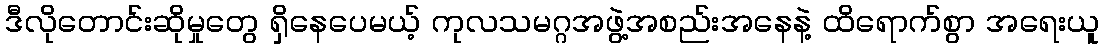
ဒီလိုတောင်းဆိုမှုတွေ ရှိနေပေမယ့် ကုလသမဂ္ဂအဖွဲ့အစည်းအနေနဲ့ ထိရောက်စွာ အရေးယူ